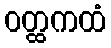
ဝတ္ထကထံ